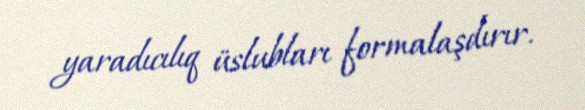
yaradıcılıq üslubları formalaşdırır.